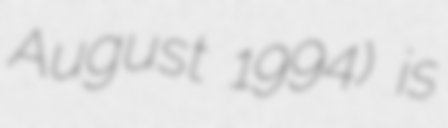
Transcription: August 1994) is